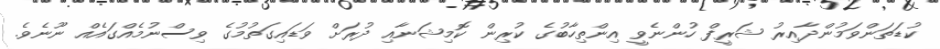
ކުޑަތަންވަމުންދާއިރު ޝަރީފް ހުންނެވީ އިންތިހާބުގެ ކުރިން ކޮމިޝަނާއި ދުރަށް ވަޑައިގަތުމުގެ ވިސްނުމެއްގައެއް ނޫނެވެ.